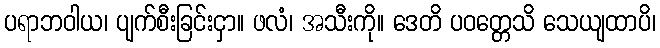
ပရာဘဝါယ၊ ပျက်စီးခြင်းငှာ။ ဖလံ၊ အသီးကို။ ဒေတိ ပဝတ္တေသိ သေယျထာပိ၊